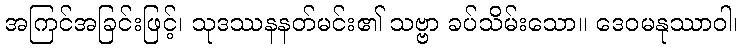
အကြင်အခြင်းဖြင့်၊ သုဒဿနနတ်မင်း၏ သဗ္ဗာ ခပ်သိမ်းသော။ ဒေဝမနုဿာဝါ၊